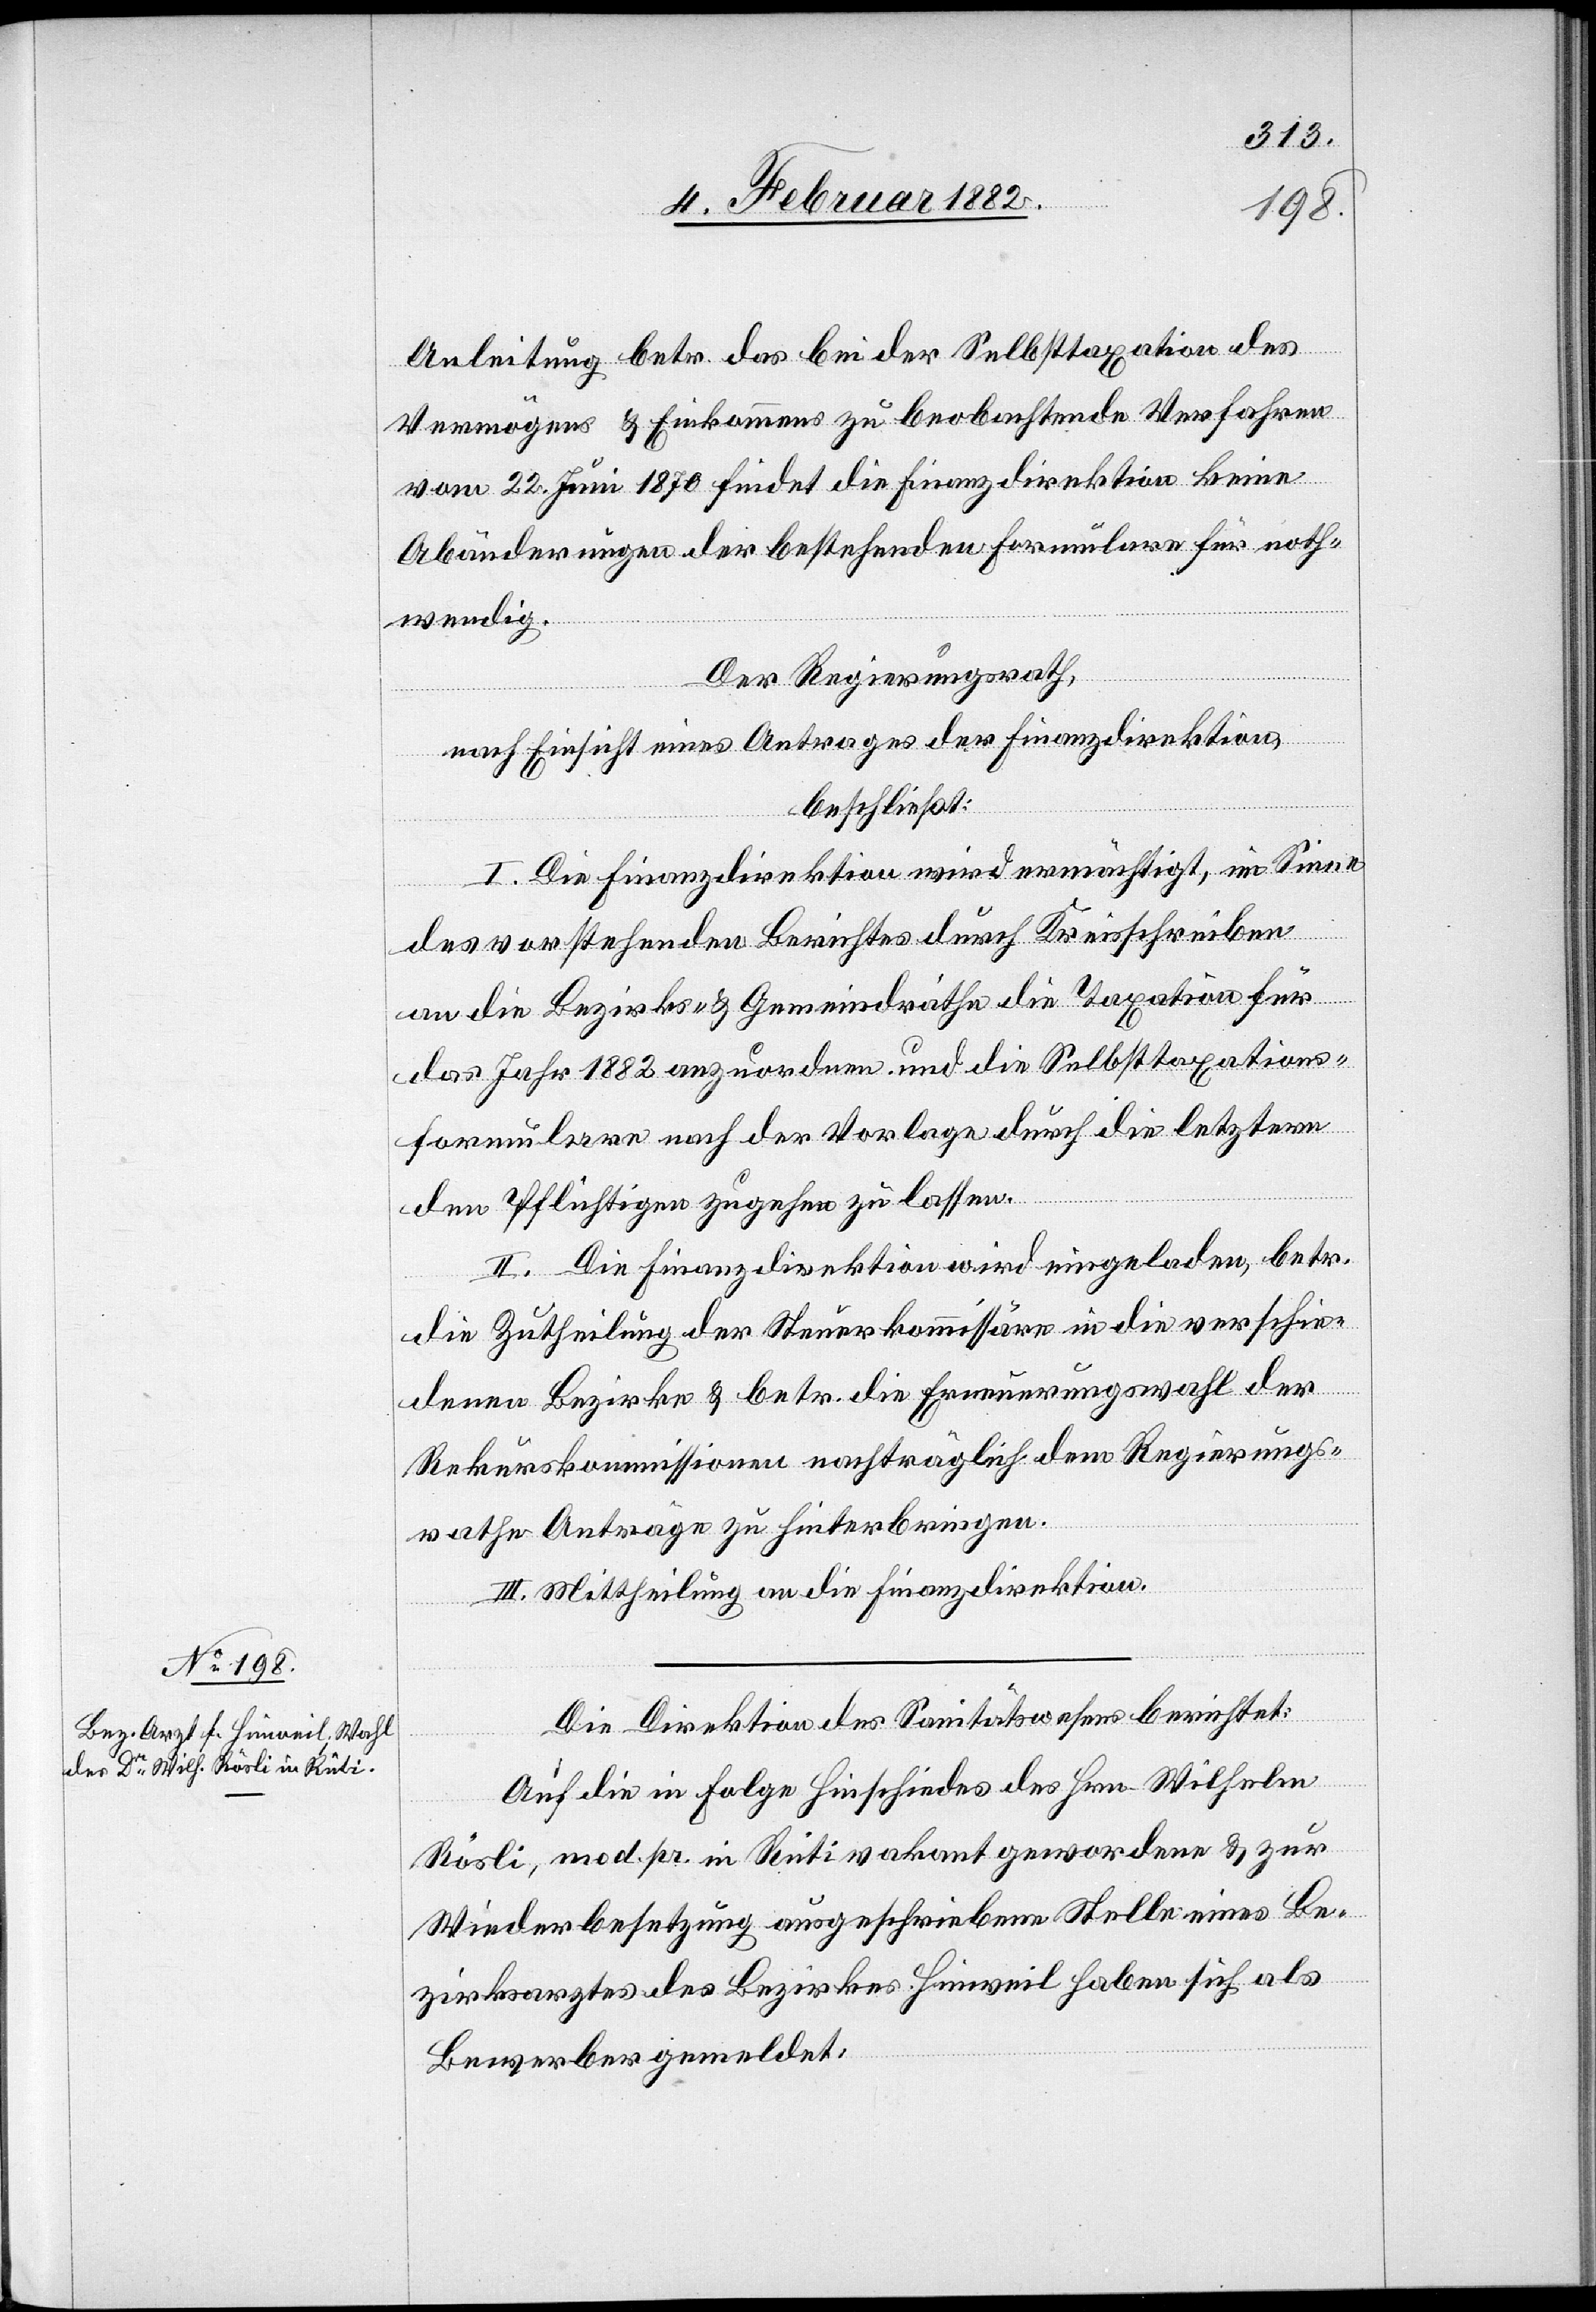
Anleitungen betr. das bei der Selbsttaxation des
Vermögens & Einkommen zu beobachtenden Verfahren
vom 22. Juni 1870 findet die Finanzdirektion keine
Abänderungen der bestehenden Formularen für noth¬
wendig.
Der Regierungsrath,
nach Einsicht eines Antrages der Finanzdirektion,
beschließt:
I. Die Finanzdirektion wird ermächtig, im Sinne
des vorstehenden Berichtes durch Kreisschreiben
an die Bezirks- & Gemeindräthe die Taxation für
das Jahr 1882 anzuordnen und die Selbsttaxations¬
formulare nach der Vorlage durch die letztern
den Pflichtigen zugehen zu lassen.
III. Die Finanzdirektion wir eingeladen, betr.
die Zutheilung der Steuerkommissäre in die verschie¬
denen Bezirke & betr. die Erneuerungswahl der
Rekurskommissionen nachträglich dem Regierungs¬
rathe Anträge zu hinterbringen.
III. Mittheilung an die Finanzdirektion.
Die Direktion des Sanitätswesens berichtet:
Auf die in Folge Hinscheidens des Hrn. Wilhelm
Rösli, mod. [sic!] pr. in Rüti vakant gewordenen & zur
Wiederbesetzung ausgeschriebenen Stelle eines Be¬
zirksarztes des Bezirkes Hinweil haben sich als
Bewerber gemeldet: